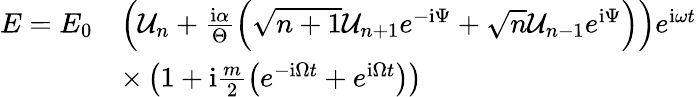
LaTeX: \begin{array}{rl}{E=E_{0}}&{\left(\mathcal{U}_{n}+\frac{\mathrm{i}\alpha}{\Theta}\left(\sqrt{n+1}\mathcal{U}_{n+1}e^{-\mathrm{i}\Psi}+\sqrt{n}\mathcal{U}_{n-1}e^{\mathrm{i}\Psi}\right)\right)e^{\mathrm{i}\omega t}}\\ &{\times\left(1+\mathrm{i}\frac{m}{2}\left(e^{-\mathrm{i}\Omega t}+e^{\mathrm{i}\Omega t}\right)\right)}\end{array}